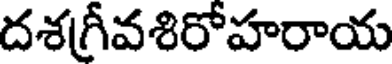
దశగ్రీవశిరోహరాయ